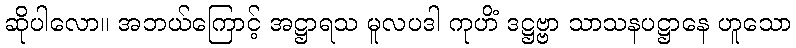
ဆိုပါလော။ အဘယ်ကြောင့် အဋ္ဌာရသ မူလပဒါ ကုဟိံ ဒဋ္ဌဗ္ဗာ သာသနပဋ္ဌာနေ ဟူသော